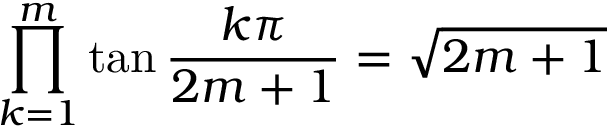
\prod _ { k = 1 } ^ { m } \tan { \frac { k \pi } { 2 m + 1 } } = { \sqrt { 2 m + 1 } }